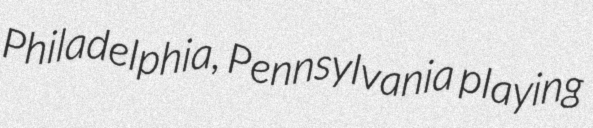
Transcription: Philadelphia, Pennsylvania playing